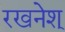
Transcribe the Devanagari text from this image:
रखनेश्